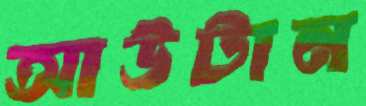
আউটান